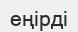
еңірді